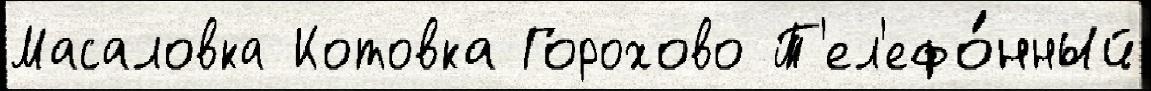
Масаловка Котовка Горохово Т'ел'ефо́нный